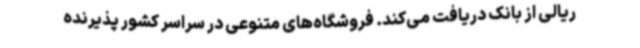
ریالی از بانک دریافت می‌کند. فروشگاه‌های متنوعی در سراسر کشور پذیرنده